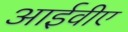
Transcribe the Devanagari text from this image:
आईवीए